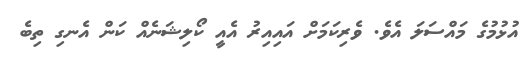
އުޅުމުގެ މައްސަލަ އެވެ. ވެރިކަމަށް އައިއިރު އެއީ ކޯލިޝަނެއް ކަން އެނގި ތިބެ